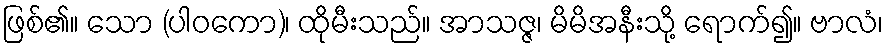
ဖြစ်၏။ သော (ပါဝကော)၊ ထိုမီးသည်။ အာသဇ္ဇ၊ မိမိအနီးသို့ ရောက်၍။ ဗာလံ၊